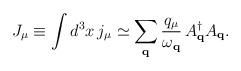
LaTeX: \begin{align*}J_{\mu}\equiv\int d^3 x\, j_{\mu}\simeq \sum_{{\bf q}} \frac{q_{\mu}}{\omega_{{\bf q}}} \, A_{{\bf q}}^{\dagger}A_{{\bf q}}.\end{align*}